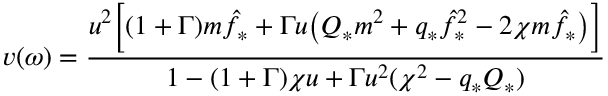
v ( \omega ) = \frac { u ^ { 2 } \Big [ ( 1 + \Gamma ) m \hat { f } _ { * } + \Gamma u \big ( Q _ { * } m ^ { 2 } + q _ { * } \hat { f } _ { * } ^ { 2 } - 2 \chi m \hat { f } _ { * } \big ) \Big ] } { 1 - ( 1 + \Gamma ) \chi u + \Gamma u ^ { 2 } ( \chi ^ { 2 } - q _ { * } Q _ { * } ) }